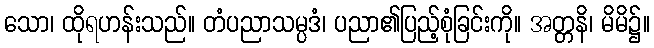
သော၊ ထိုရဟန်းသည်။ တံပညာသမ္ပဒံ၊ ပညာ၏ပြည့်စုံခြင်းကို။ အတ္တနိ၊ မိမိ၌။